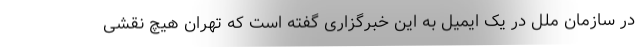
در سازمان ملل در یک ایمیل به این خبرگزاری گفته است که تهران هیچ نقشی